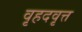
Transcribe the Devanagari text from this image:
वृहदवृत्त